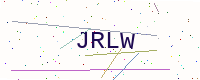
Text: JRLW